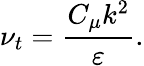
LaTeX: \nu_{t}=\frac{C_{\mu}k^{2}}{\varepsilon}.